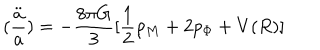
( \frac { \ddot { a } } { a } ) = - \frac { 8 \pi G } { 3 } [ \frac { 1 } { 2 } \rho _ { M } + 2 p _ { \Phi } + V ( R ) ]